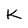
Character: K